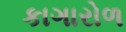
કાગારોળ